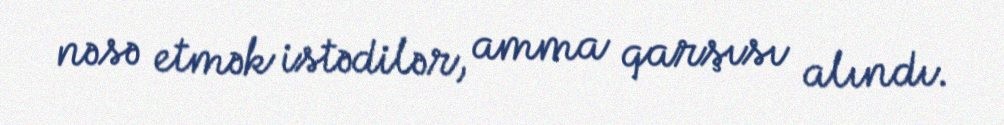
nəsə etmək istədilər, amma qarşısı alındı.